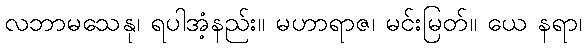
လဘာမသေနု၊ ရပါအံ့နည်း။ မဟာရာဇ၊ မင်းမြတ်။ ယေ နရာ၊